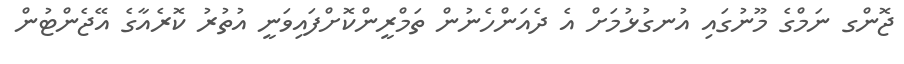
ޖޮންގ ނަމްގެ މޫނުގައި އުނގުޅުމަށް އެ ދެއަންހެނުން ތަމްރީންކޮށްފައިވަނީ އުތުރު ކޮރެއާގެ އޭޖެންޓުން